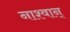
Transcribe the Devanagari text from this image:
नाश्वान्‌